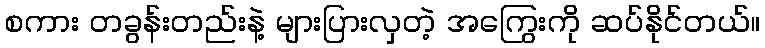
စကား တခွန်းတည်းနဲ့ များပြားလှတဲ့ အကြွေးကို ဆပ်နိုင်တယ်။